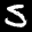
Label: 5